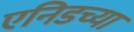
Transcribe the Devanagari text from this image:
एनिडच्या